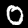
Label: 0